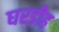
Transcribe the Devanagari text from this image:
घरडीह